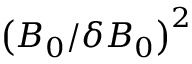
\left( { B _ { 0 } } / { \delta B _ { 0 } } \right) ^ { 2 }